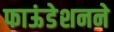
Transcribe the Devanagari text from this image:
फाऊंडेशनने